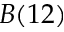
B ( 1 2 )